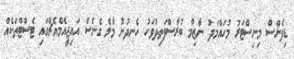
ޑިފެންސް މިނިސްޓަރު މުހައްމަދު ނާޒިމް ބުރާސްފަތިދުވަހު ހެނދުނު މާލެ ގެނެސް އައިޖީއެމްއެޗްގައި ޓެސްޓްތަކެއް